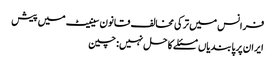
فرانس میں ترکی مخالف قانون سینیٹ میں پیش
ایران پر پابندیاں مسئلے کا حل نہیں: چین